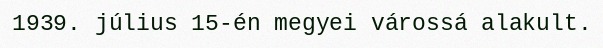
1939. július 15-én megyei várossá alakult.